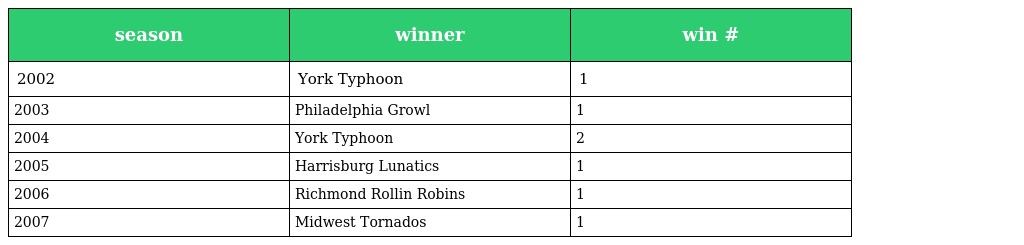
| season | winner | win # |
 | --- | --- | --- |
 | 2002 | York Typhoon | 1 |
 | 2003 | Philadelphia Growl | 1 |
 | 2004 | York Typhoon | 2 |
 | 2005 | Harrisburg Lunatics | 1 |
 | 2006 | Richmond Rollin Robins | 1 |
 | 2007 | Midwest Tornados | 1 |